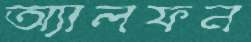
অ্যালফন